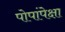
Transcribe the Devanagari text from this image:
पोपांपेक्षा